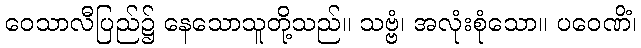
ဝေသာလီပြည်၌ နေသောသူတို့သည်။ သဗ္ဗံ၊ အလုံးစုံသော။ ပဝေဏိံ၊